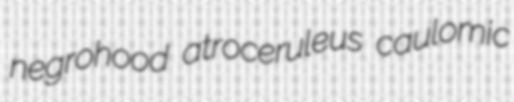
negrohood atroceruleus caulomic